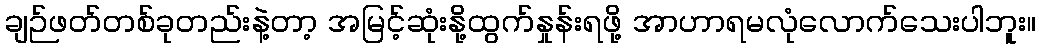
ချဉ်ဖတ်တစ်ခုတည်းနဲ့တာ့ အမြင့်ဆုံးနို့ထွက်နှုန်းရဖို့ အာဟာရမလုံလောက်သေးပါဘူး။